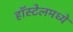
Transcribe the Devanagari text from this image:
हॉस्टेलमध्ये